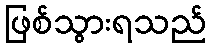
ဖြစ်သွားရသည်